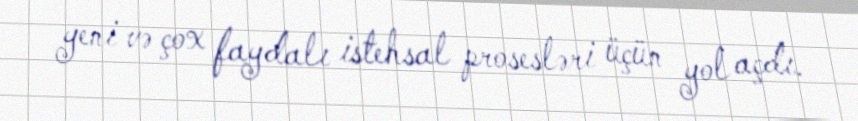
yeni və çox faydalı istehsal prosesləri üçün yol açdı.